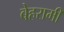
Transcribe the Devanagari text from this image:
बेहरामी